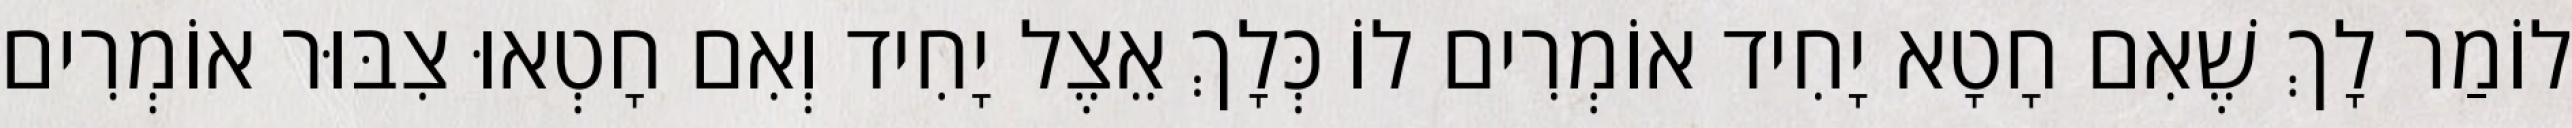
לוֹמַר לָךְ שֶׁאִם חָטָא יָחִיד אוֹמְרִים לוֹ כְּלָךְ אֵצֶל יָחִיד וְאִם חָטְאוּ צִבּוּר אוֹמְרִים